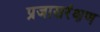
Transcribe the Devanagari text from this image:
प्रजासरंक्षण